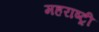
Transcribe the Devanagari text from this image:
महराष्ट्री